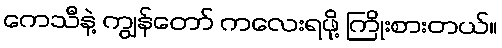
ကေသီနဲ့ ကျွန်တော် ကလေးရဖို့ ကြိုးစားတယ်။